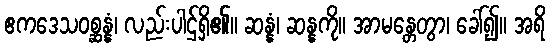
ဧကဒေသဝစ္ဆန္နံ၊ လည်းပါဌ်ရှိ၏။ ဆန္နံ၊ ဆန္နကို။ အာမန္တေတွာ၊ ခေါ်၍။ အရိ